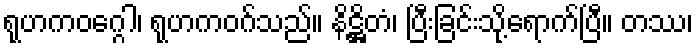
ရုဟကဝဂ္ဂေါ၊ ရုဟကဝဂ်သည်။ နိဋ္ဌိတံ၊ ပြီးခြင်းသို့ရောက်ပြီ။ တဿ၊